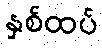
နှစ်ထပ်